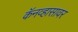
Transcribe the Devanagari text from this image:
कॅनव्हासावर